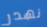
نهدر